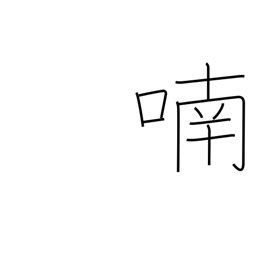
Meaning: chatter